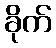
ခိုက်